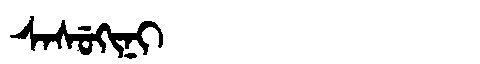
Manchu: ᠰᠠᠰᡠᡴᡳᠨᡳ
Romanization: SASUKINI